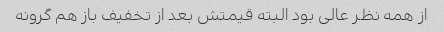
از همه نظر عالی بود البته قیمتش بعد از تخفیف باز هم گرونه